system: You are a helpful assistant.
user:
Analyze the provided spectrum to determine if it is a **S-type Star**.

- **Key Indicators for S-type Star:**

    - **(Overall Spectrum Shape):** The first and most obvious characteristic is the overall continuum (the "baseline" shape). It is **extremely "red-sloping,"** meaning the flux (light intensity) is very low on the left side (blue, ~4000-4500 Å) and rises steeply and continuously toward the right side (red, ~7000 Å+).

    - **(Primary):** The spectrum is defined by the presence of strong, broad molecular absorption "valleys" (bands) from **Zirconium Oxide (ZrO)**. The identification of these bands is the **primary requirement** for classifying a star as S-type.
        - **(Key Bandheads):** You must find distinct, deep "dips" where the light has been absorbed. The most critical band systems to locate are:
            - **~6474 Å** ($\gamma$-system): This is often the strongest and clearest ZrO feature, found in the red part of the spectrum.
            - **~5718 Å** & **~5551 Å** ($\beta$-system): A pair of prominent absorption features in the yellow-orange part of the spectrum.
            - **~4640 Å** ($\alpha$-system): A key absorption band system in the blue-green region of the spectrum.

    - **(Secondary Confirmation):** The classification is strengthened by finding additional absorption bands from other related heavy element oxides, which are expected to be present alongside ZrO.
        - **(Key Bandheads):**
            - **Yttrium Oxide (YO):** Look for absorption dips near **~4800 Å** and **~6100 Å**.
            - **Lanthanum Oxide (LaO):** Additional absorption features, particularly in the red-orange part of the spectrum, are also characteristic.

    - **(Line Profile):** The combination of the steep red continuum and these numerous, deep molecular bands (ZrO, YO, etc.) gives the entire spectrum a very **"chopped-up"** or **"bumpy"** appearance. Instead of a smooth curve, the spectrum looks as though large, wide chunks of light have been "carved out" of it at the specific wavelengths listed above.

Think first, call **spectral_visualization_tool** if needed to examine features in detail, then provide your final answer. Your response must adhere to the following strict rules:
1.  **Overall Structure:** Your response must follow the format `<think>...</think> <tool_call>...</tool_call> (if a tool is used) <answer>...</answer>`.
2.  **Tool Usage Constraint:** You may only make **one** tool call per turn.
3.  **Final Answer Format:** In the `<answer>` tag, your conclusion must be inside a `\boxed{}` command (e.g., `\boxed{YES}` or `\boxed{NO}`), followed by your justification.

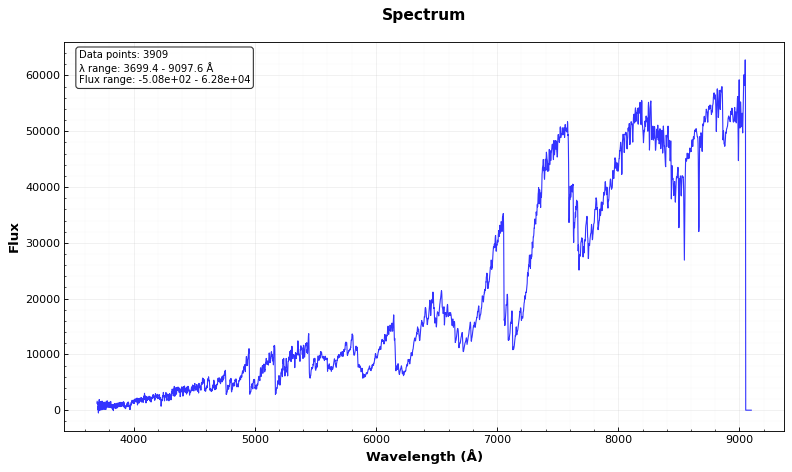
Answer: YES